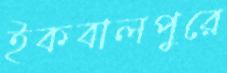
ইকবালপুরে